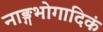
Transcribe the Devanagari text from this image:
नाङ्गभोगादिकं